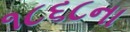
૧૮૬૮ના